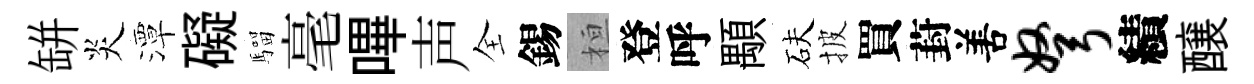
缾炎潭礙騮毫嗶声全錫桓登呼顒砆披買葑𠵊弩績醸